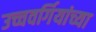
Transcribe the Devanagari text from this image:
उच्चवर्गियांच्या